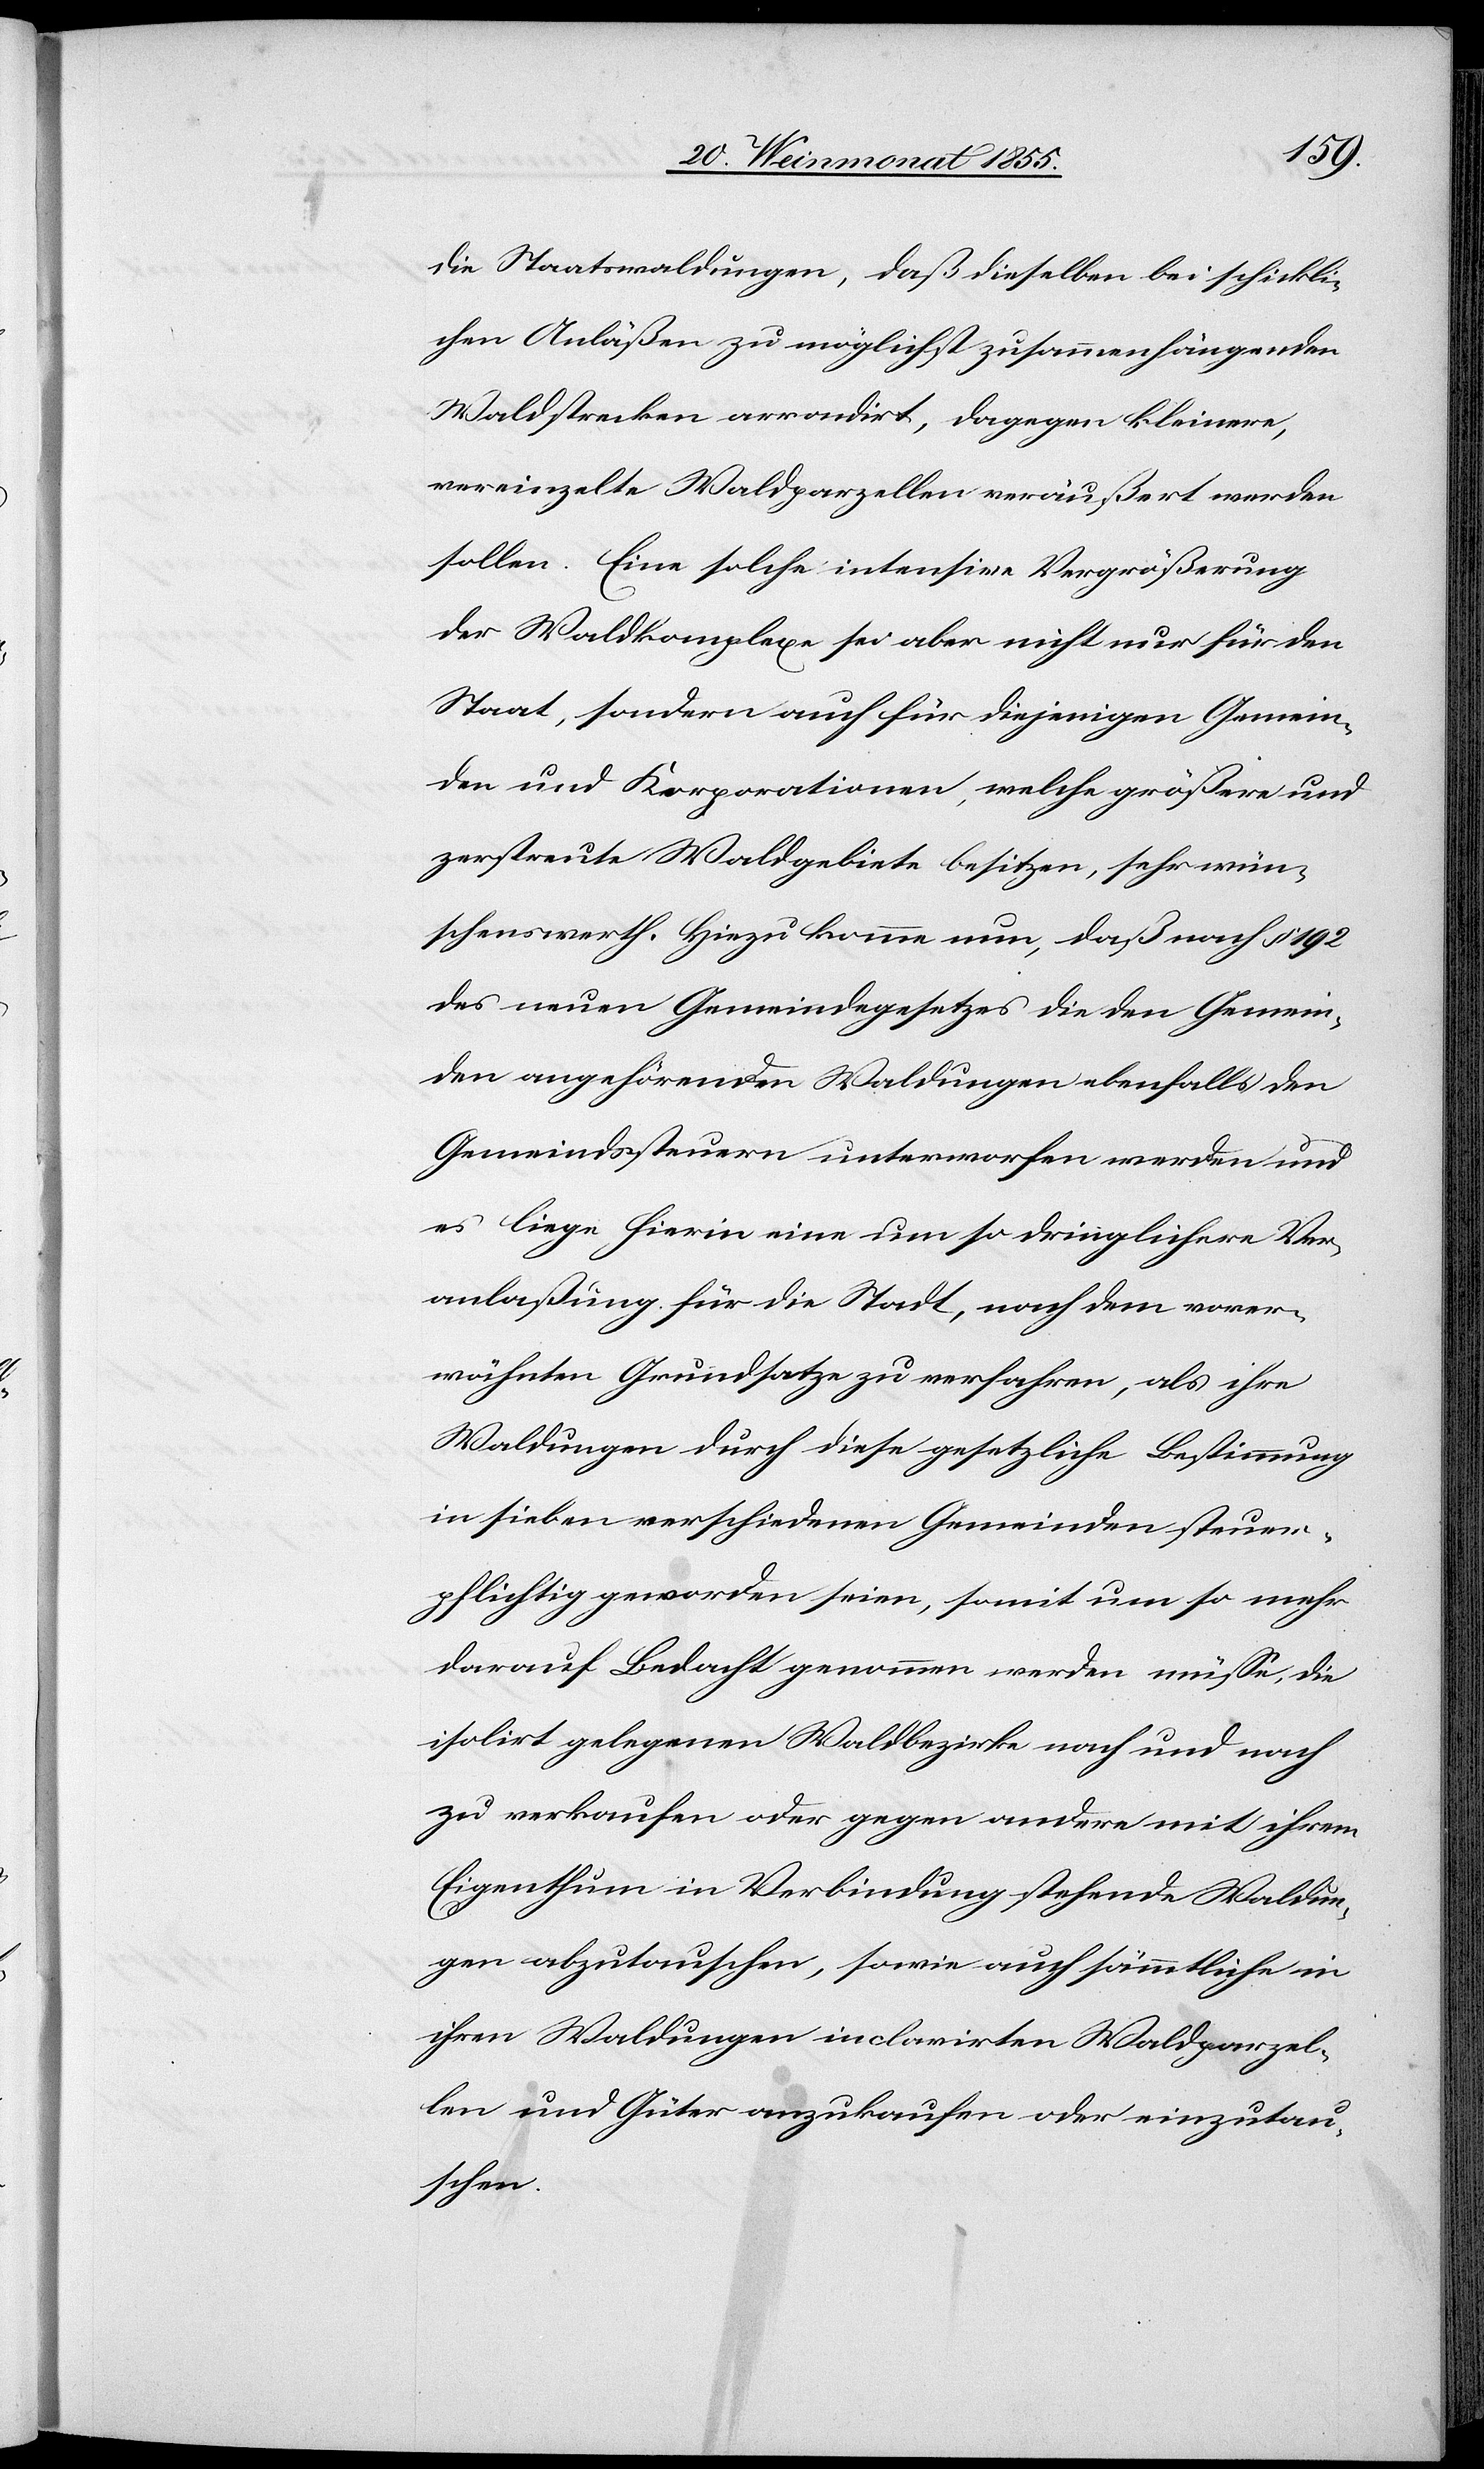
die Staatswaldungen, daß dieselben bei schickli¬
chen Anläßen zu möglichst zusammenhängenden
Waldstrecken arrondirt, dagegen kleinere,
vereinzelte Waldparzellen veräußert werden
sollen. Eine solche intensive Vergrößerung
der Waldkomplexe sei aber nicht nur für den
Staat, sondern auch für diejenigen Gemein¬
den und Korporationen, welche größere und
zerstreute Waldgebiete besitzen, sehr wün¬
schenswerth. Hiezu komme nun, daß nach § 192
des neuen Gemeindegesetzes die den Gemein¬
den angehörenden Waldungen ebenfalls den
Gemeindssteuern unterworfen werden und
es liege hierin eine um so dringlichere Ver¬
anlaßung für die Stadt, nach dem vorer¬
wähnten Grundsatze zu verfahren, als ihre
Waldungen durch diese gesetzliche Bestimmung
in sieben verschiedenen Gemeinden steuer¬
pflichtig geworden seien, somit um so mehr
darauf Bedacht genommen werden müsse, die
isolirt gelegenen Waldbezirke nach und nach
zu verkaufen oder gegen andere mit ihrem
Eigenthum in Verbindung stehende Waldun¬
gen abzutauschen, sowie auch sämmtliche in
ihren Waldungen inclavirten Waldparzel¬
len und Güter anzukaufen oder einzutau¬
schen.